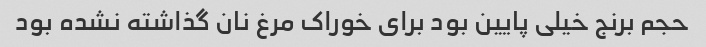
حجم برنج خیلی پایین بود برای خوراک مرغ نان گذاشته نشده بود